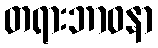
တရားဘာဝနာ